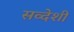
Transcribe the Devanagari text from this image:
सव्देशी